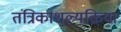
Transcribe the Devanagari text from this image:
तंत्रिकाशल्यक्रिया